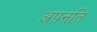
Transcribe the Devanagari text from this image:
अपनति